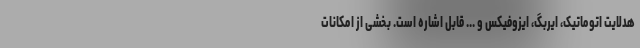
هدلایت اتوماتیک، ایربگ، ایزوفیکس و ... قابل اشاره است. بخشی از امکانات